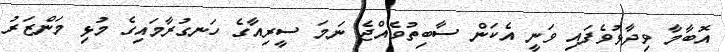
އޮބާމާ ވިދާޅުވެފައި ވަނީ އެކަން ސާބިތުވެއްޖެ ނަމަ ސީރިއާގެ ހަނގުރާމައިގެ މުޅި މަންޒަރު